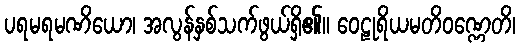
ပရမရမဏိယော၊ အလွန်နှစ်သက်ဖွယ်ရှိ၏။ ဝေဠုရိယမတိဝဏ္ဏေတိ၊